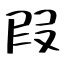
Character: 叚